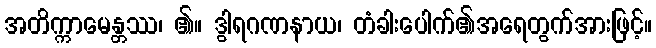
အတိက္ကာမေန္တဿ၊ ၏။ ဒွါရဂဏနာယ၊ တံခါးပေါက်၏အရေတွက်အားဖြင့်။